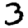
Digit: 3